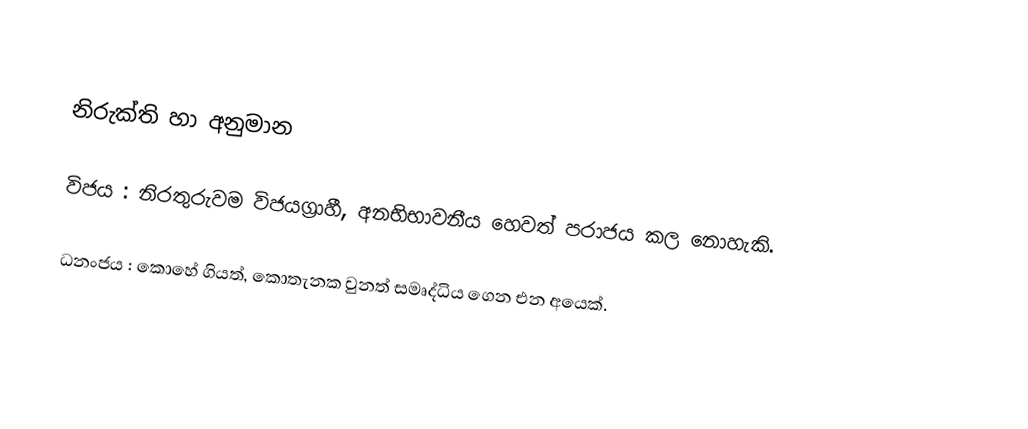

නිරුක්ති හා අනුමාන

විජය : නිරතුරුවම විජයග්‍රාහී, අනභිභාවනීය  හෙවත් පරාජය කල නොහැකි.

ධනංජය : කොහේ ගියත්, කොතැනක වුනත් සමෘද්ධිය ගෙන එන අයෙක්.